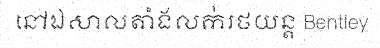
នៅឯសាលតាំងលក់រថយន្ត Bentley